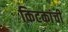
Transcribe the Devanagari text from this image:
किटकांची